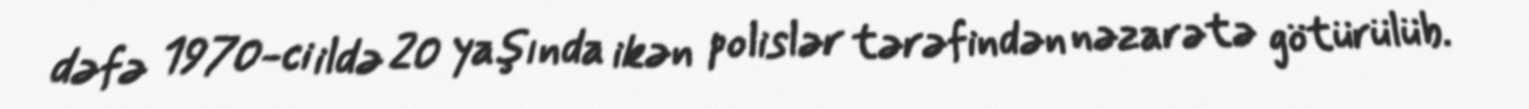
dəfə 1970-ci ildə 20 yaşında ikən polislər tərəfindən nəzarətə götürülüb.